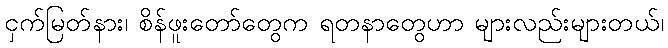
ငှက်မြတ်နား၊ စိန်ဖူးတော်တွေက ရတနာတွေဟာ များလည်းများတယ်၊